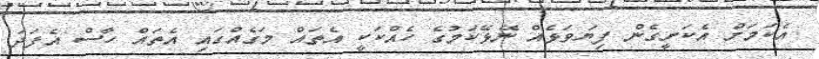
އެކަމަށް އެކަށީގެން ފިޔަވަޅެއް ނޭޅޭކަމުގެ ހެއްކަކީ އެތައް މަގެއްގައި އެތައް ހާސް އެފަދަ